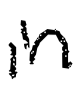
Text: in
Cross-out: clean
Writing tool: digital_black